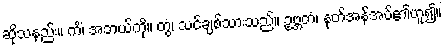
ဆိုသနည်း။ ကိံ၊ အဘယ်ကို။ တွံ၊ သင်ချစ်သားသည်။ ဥဗ္ဘတံ၊ နုတ်အန်အပ်၏ဟူ၍။